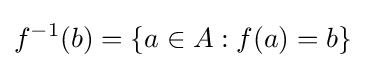
f^{-1}(b)=\{a\in A:f(a)=b\}